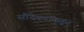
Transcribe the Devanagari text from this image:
सौंदेकरांकडून